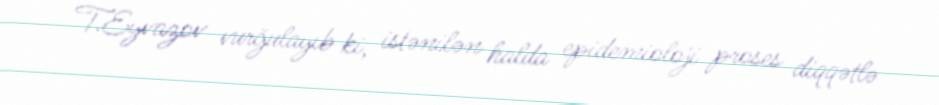
T.Eyvazov vurğulayıb ki, istənilən halda epidemioloji proses diqqətlə